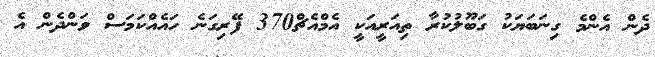
ދެން އެންމެ ގިނަބަޔަކު ގަބޫލުކުރާ ތިއަރީއަކީ އެމްއެޗް370 ފޭރިގަނެ ހައެއްކަމަސް ވަންދެން އެ